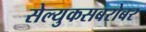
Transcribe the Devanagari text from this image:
सेल्युकसबरोबर